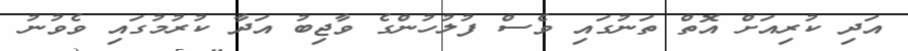
އަދި ކުރިއަށް އޮތް ތަނުގައި ވެސް ފުލުހުންގެ ވާޖިބު އަދާ ކުރުމުގައި ވެވުނު